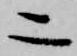
二